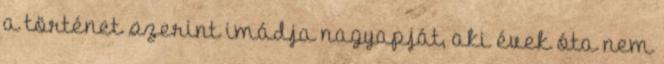
a történet szerint imádja nagyapját, aki évek óta nem